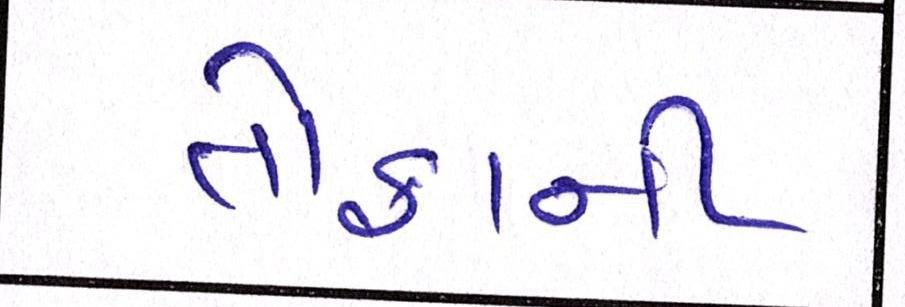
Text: તોફાની